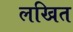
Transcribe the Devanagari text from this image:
लखित